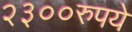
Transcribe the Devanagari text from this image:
२३००रुपये